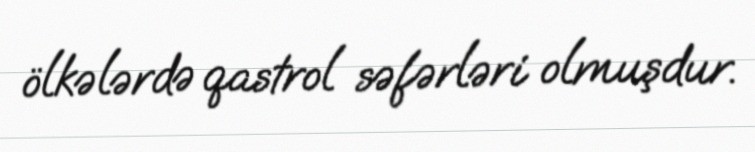
ölkələrdə qastrol səfərləri olmuşdur.